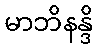
မာဘိနန္ဒိ